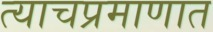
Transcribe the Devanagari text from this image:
त्याचप्रमाणात